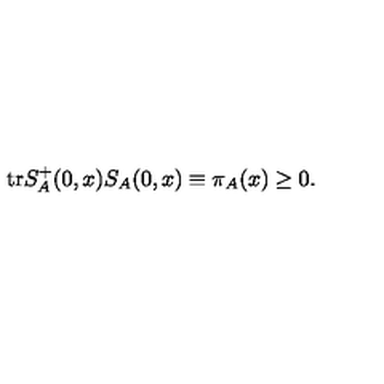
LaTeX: \mathrm { t r } S _ { A } ^ { + } ( 0 , x ) S _ { A } ( 0 , x ) \equiv \pi _ { A } ( x ) \geq 0 .